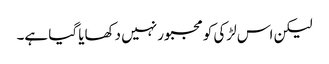
لیکن اس لڑکی کو مجبور نہیں دکھایا گیا ہے۔